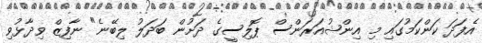
އެފަދަ ކަންކަމުގައި މި އިންޝުއަރަންސް ޕޮލިސީގެ ދަށުން ބަދަލު ލިބޭނެ" ނާފިޒް ވިދާޅުވި